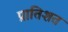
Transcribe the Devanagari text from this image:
प्रातिशत